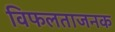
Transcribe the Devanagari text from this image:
विफलताजनक